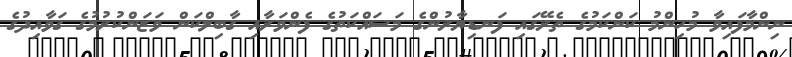
ނިންމާފައިވާ މުހިންމު ކަންކަމުގެ ތެރޭގައި ފަނޑިޔާރުންގެ މަސައްކަތުގެ ފެންވަރާއި ގާބިލްކަން ވަޒަންކުރުމުގެ ގަވާއިދުގެ